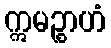
ဣမဉ္စာဟံ